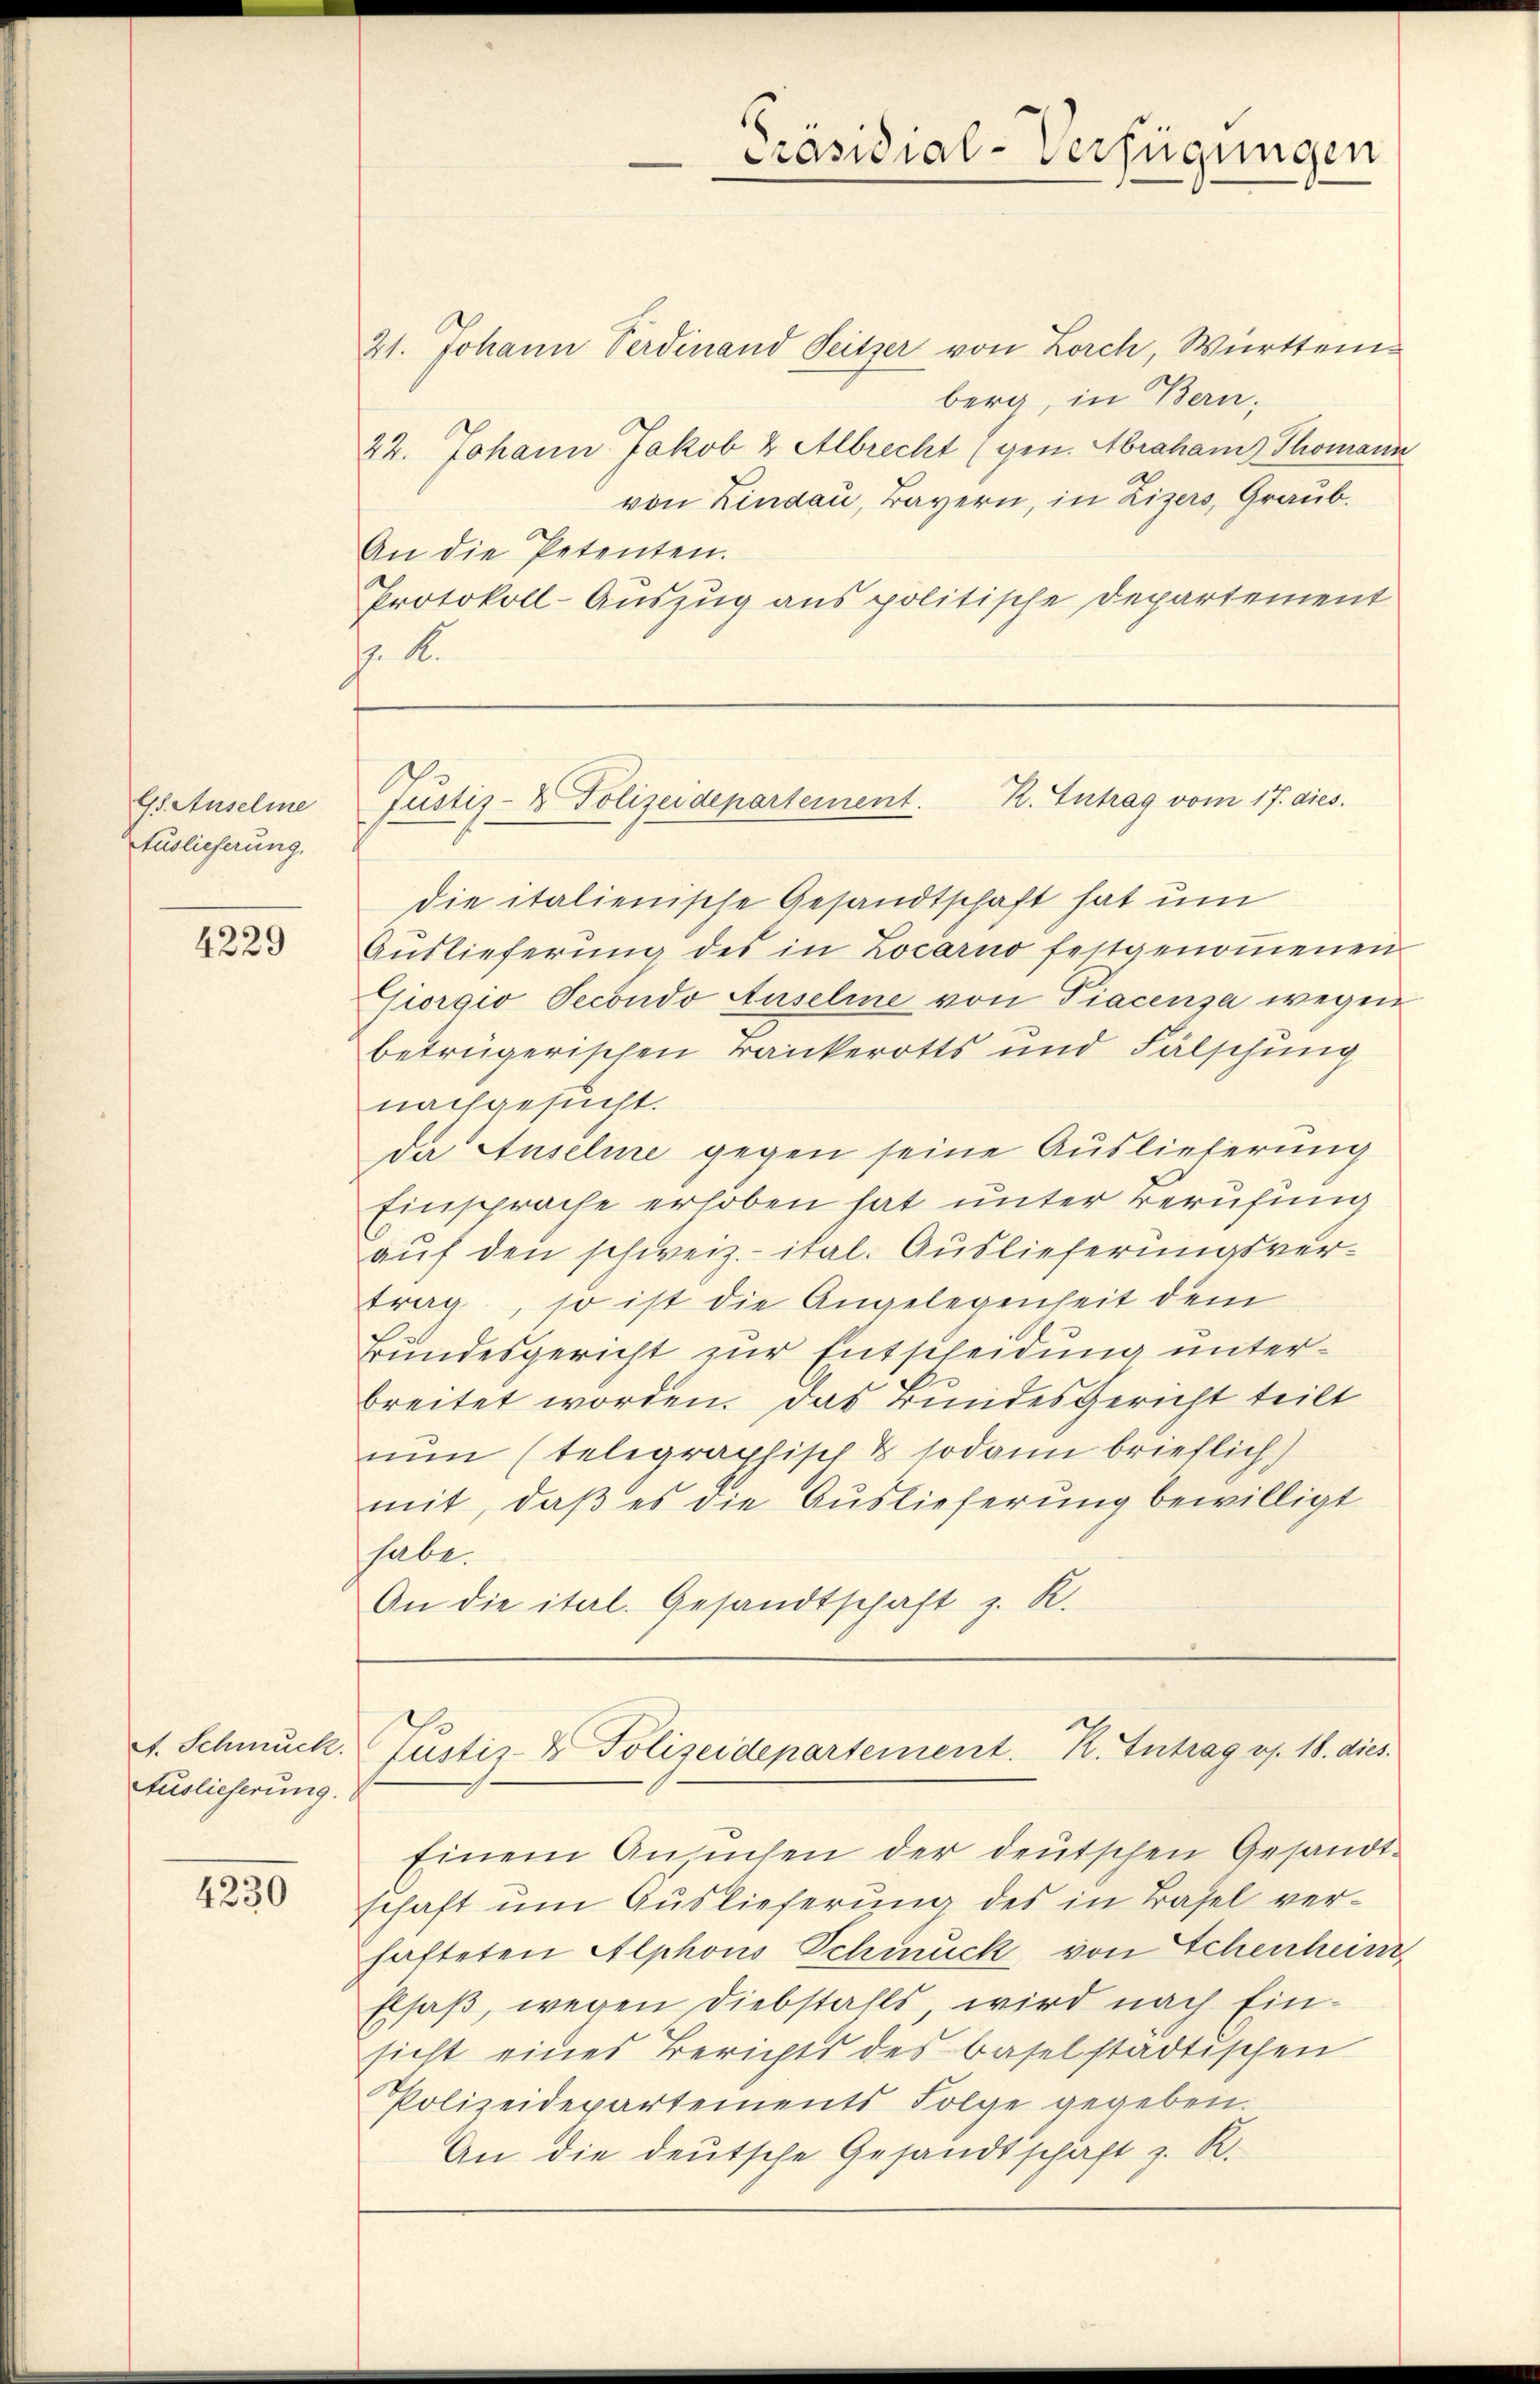
Gs. Auselme
Auslieferung.

4229

Auslieferung.

4230

21. Johann Verdinand Seitzer von Lorch, Württemberg, in Bern,
22. Johann Jakob & Albrecht (gen. Abraham Thomann
von Lindau, Bayern, in Lizers, Graub.
An die Petenten.
Protokoll-Auszug aus politische Departement
j S.

die italienische Gesandtschaft hat um
Auslieferung des in Locarno festgenommenen
Giorgio Secondo Auselme von Piacenza wegen
betrügerischen Trankerotts und Fälschung
nachgesucht.
da Auselme gegen seine Auslieferung
Einsprache erhoben hat unter Berufung
auf den schweiz.- ital. Auslieferungsvertrag, so ist die Angelegenheit dem
Bundesgericht zur Entscheidung unterbreitet worden. Das Bundesgericht teilt
nun (telegraphisch & sodann brieflich)
mit, daß es die Auslieferung bewilligt
habe.
An die ital. Gesandtschaft z. R.

A. Schmuck. Justiz- & Polizeidepartement. R. Intrag v. 18. dies

Präsidial-Verfügungen

Justiz- & Polizeidepartement. R. Intrag vom 17. dies

Einem Ansuchen der deutschen Gesandtschaft um Auslieferung des in Basel verhafteten Alphons Schmuck von Schenheim
Elsaß, wegen Diebstalls wird nach Ein-
sicht eines Berichts des Baselstädtischen
Polizeidepartements Folge gegeben.
An die deutsche Gesandtschaft z. R.